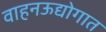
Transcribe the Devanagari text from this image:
वाहनऊद्योगात